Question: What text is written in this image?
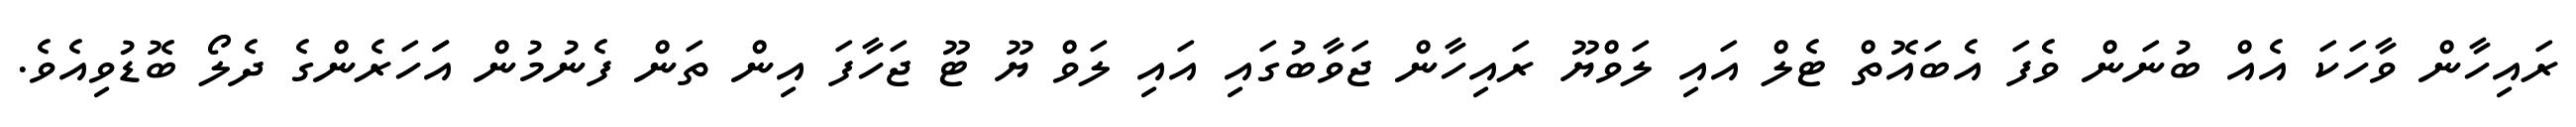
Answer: ރައިހާން ވާހަކަ އެއް ބުނަން ވެފަ އެބައޮތް ޓެލް އައި ލަވްޔޫ ރައިހާން ޖަވާބުގައި އައި ލަވް ޔޫ ޓޫ ޖަހާފަ އިން ތަން ފެނުމުން އަަހަރެންގެ ދެލޯ ބޮޑުވިއެވެ.